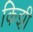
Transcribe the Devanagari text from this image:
किझ़ी